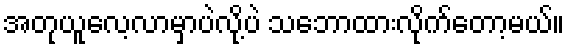
အတုယူလေ့လာမှာပဲလို့ပဲ သဘောထားလိုက်တော့မယ်။